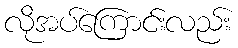
လိုအပ်ကြောင်းလည်း